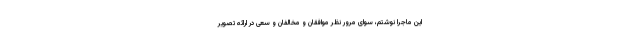
این ماجرا نوشتم، سوای مرور نظر موافقان و مخالفان و سعی در ارائه تصویر